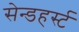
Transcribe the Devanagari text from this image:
सेन्डहर्स्ट